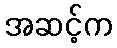
အဆင့်က